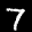
Label: 7